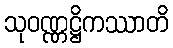
သုဝဏ္ဏဋ္ဌိကဿာတိ